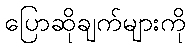
ပြောဆိုချက်များကို